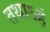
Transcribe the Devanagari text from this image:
तथाऽहं